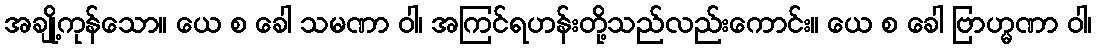
အချို့ကုန်သော။ ယေ စ ခေါ သမဏာ ဝါ၊ အကြင်ရဟန်းတို့သည်လည်းကောင်း။ ယေ စ ခေါ ဗြာဟ္မဏာ ဝါ၊